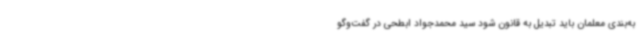
به‌بندی معلمان باید تبدیل به قانون شود سید محمدجواد ابطحی در گفت‌وگو